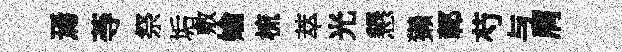
焉䓁祭垢敷媮梳萃光懇獺鄣芍与屑